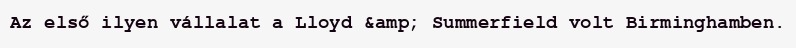
Az első ilyen vállalat a Lloyd &amp; Summerfield volt Birminghamben.